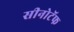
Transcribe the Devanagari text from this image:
सीनोटॅफ